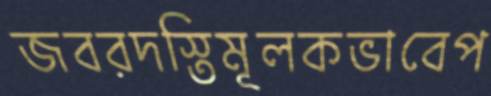
জবরদস্তিমূলকভাবেপ